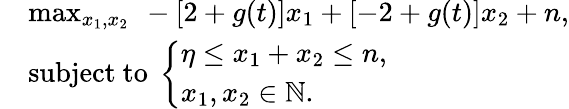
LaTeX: \begin{array}{rl}&{\operatorname*{max}_{x_{1},x_{2}}~-\left[2+g(t)\right]x_{1}+\left[-2+g(t)\right]x_{2}+n,}\\ &{\mathrm{subject}~\mathrm{to}~\left\{ \begin{array}{ll}{\eta\leq x_{1}+x_{2}\leq n,}\\ {x_{1},x_{2}\in\mathbb{N}.}\end{array}\right.}\end{array}